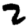
Digit: 2